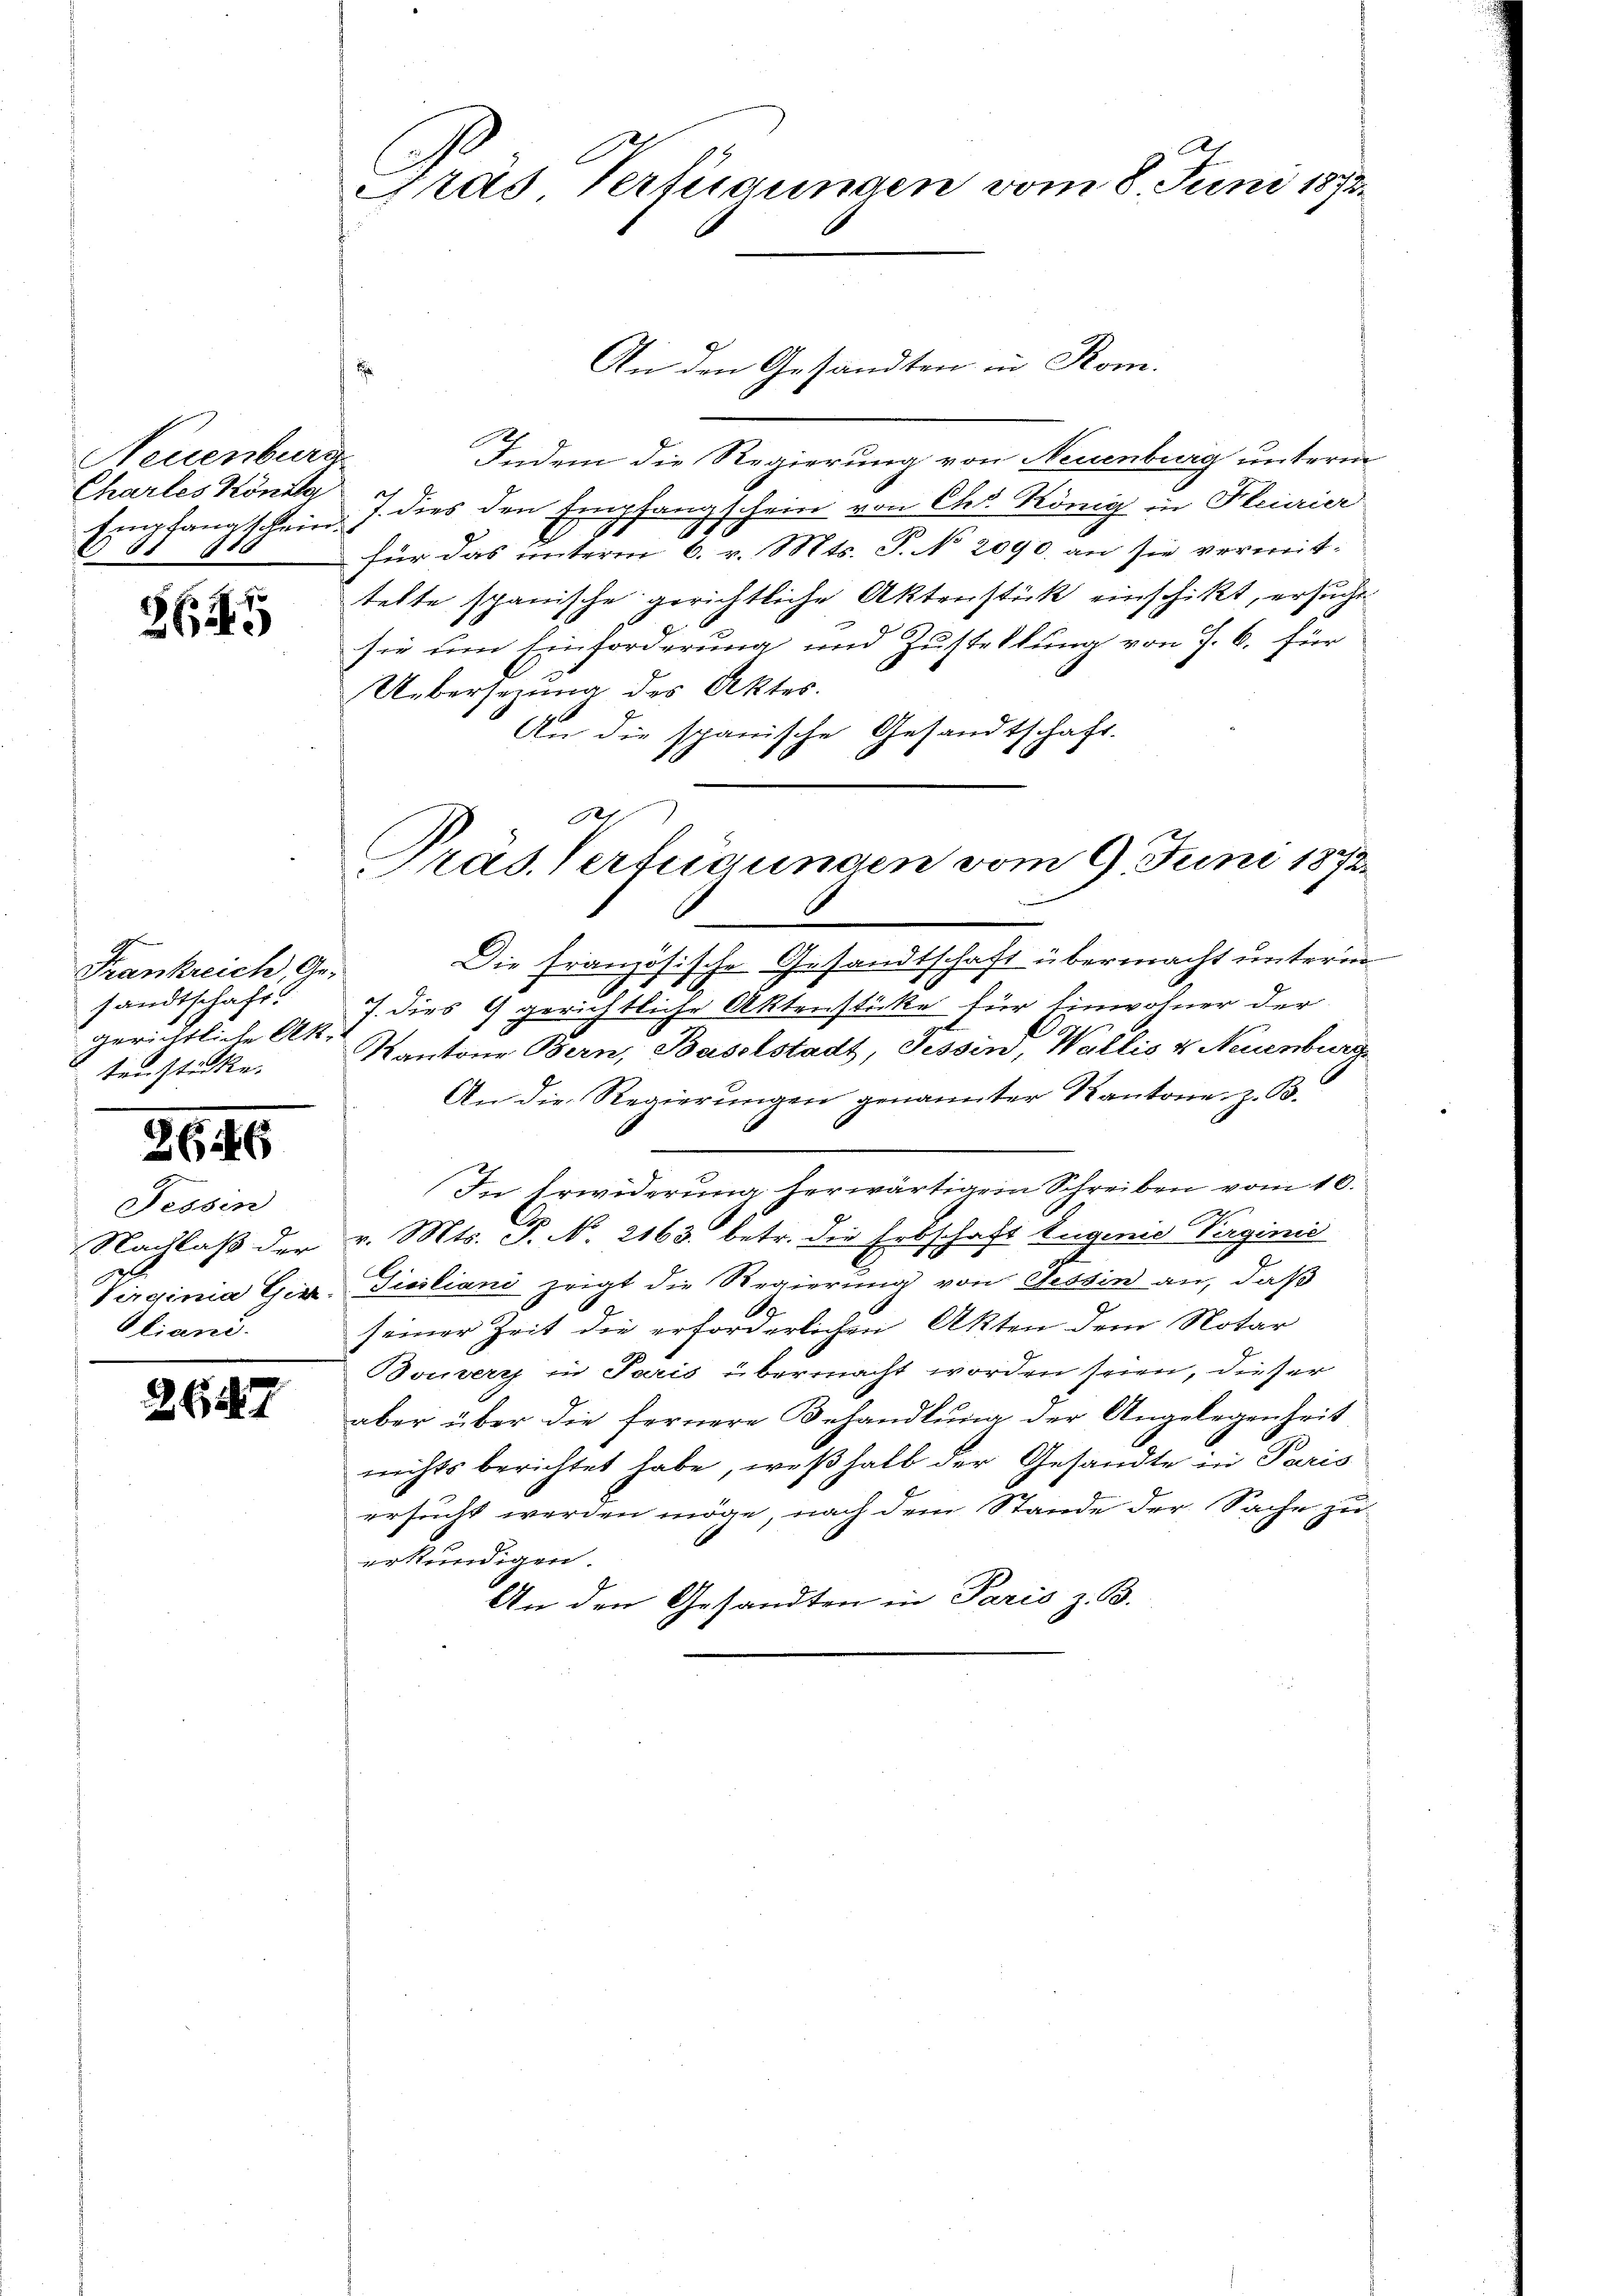
Neuenburg
Chartes Könnte

362

Frankreich, Ge-
sandtschaft.
gerichtliche Ak
tenstücke.

2646

Tessin
Nachlaß der
liani.

2657

A
Gras Verfügungen vom 8. Juni 1873.

An den Gesandten in Rom.
Indem die Regierung von Neuenburg unterm
Empfangschein. J. dies den Empfangschein von Ces König in Flurier
für das unterm 6. v. Mts. S. No. 2090. an sie vermit-
selte spanische gerichtliche Aktenstück einschikt, ersuche
sie um Einforderung und Zustellung von J. C. Für
Uebersezung des Aktes.
An die spanische Gesandtschaft.
Die französische Gesandtschaft übermacht unterm
7. dies 9 gerichtliche Aktenstücke für Einwohner der
Kantone Bern, Baselstadt, Tessin, Wallis v. Neuenburg
An die Regierungen genannter Kantone z. B.
In Erwiderung herwärtigem Schreiben vom 10.
 Schang
v. Mts. P. N. 2163. betr. die Erbschaft Eugenie Verginie
Virginia Gir Siciliani zeigt die Regierung von Tessin an, daß
seiner Zeit die erforderlichen Akten dem Notar
Bouverr in Paris übermacht worden seien, dieser
aber über die fernere Behandlung der Angelegenheit
nichts berichtet habe, weßhalb der Gesandte in Paris
ersucht werden möge, nach dem Stande der Sache zu
erkundigen.
An den Gesandten in Paris z. B.

Präs. Verfügungen vom 9. Juni 1872.